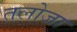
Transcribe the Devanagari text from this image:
तलोजा